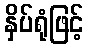
နှိပ်ရုံဖြင့်